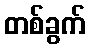
တစ်ခွက်